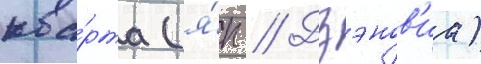
ква́рта (я́п // Дзэнов'иа)